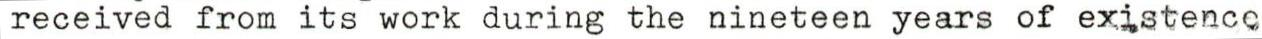
received from its work during the nineteen years of existence